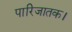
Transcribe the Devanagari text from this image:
पारिजातक।